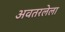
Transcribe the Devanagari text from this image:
अवतरलेला